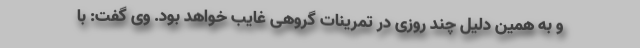
و به همین دلیل چند روزی در تمرینات گروهی غایب خواهد بود. وی گفت: با